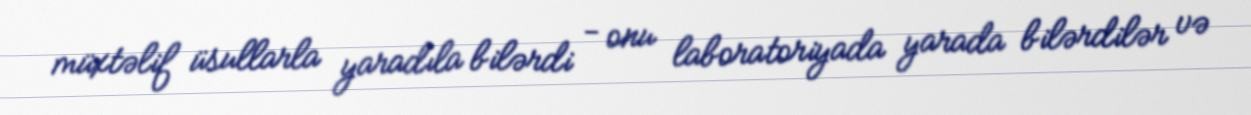
müxtəlif üsullarla yaradıla bilərdi - onu laboratoriyada yarada bilərdilər və